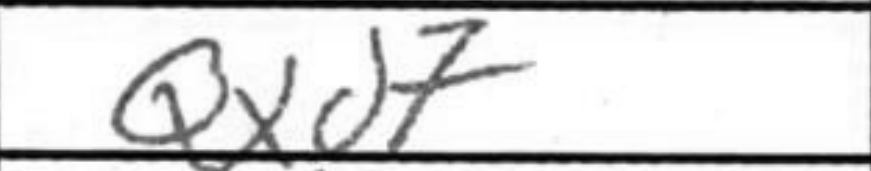
Transcription: Qxd7